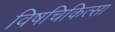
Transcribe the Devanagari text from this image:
विषचिकित्सा